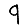
Digit: 9